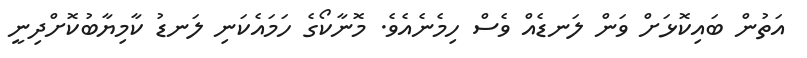
އަތުން ބައިކޮޅަށް ވަން ލަނޑެއް ވެސް ހިމެނެއެވެ. މޮނާކޯގެ ހަމައެކަނި ލަނޑު ކާމިޔާބުކޮށްދިނީ